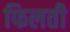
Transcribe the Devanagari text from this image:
फिलती